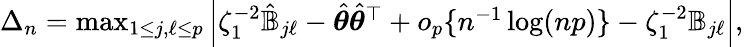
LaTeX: \begin{array}{r}{\Delta_{n}=\operatorname*{max}_{1\leq j,\ell\leq p}\left|\zeta_{1}^{-2}\hat{{\mathbb{B}}}_{j\ell}-\hat{{\boldsymbol\theta}}\hat{{\boldsymbol\theta}}^{\top}+o_{p}\{ n^{-1}\log(np)\} -\zeta_{1}^{-2}{\mathbb{B}}_{j\ell}\right|,}\end{array}